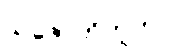
သဇောတိဘူတာ